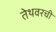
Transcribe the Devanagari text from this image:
तेथवरची